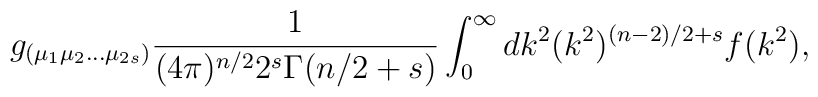
g_{(\mu_1\mu_2\ldots\mu_{2s})} \frac{1}{(4\pi)^{n/2}2^s\Gamma(n/2+ s)} \int_{0}^{\infty}dk^2(k^2)^{(n-2)/2 + s} f(k^2),